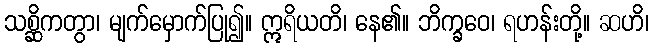
သစ္ဆိကတွာ၊ မျက်မှောက်ပြု၍။ ဣရိယတိ၊ နေ၏။ ဘိက္ခဝေ၊ ရဟန်းတို့။ ဆဟိ၊